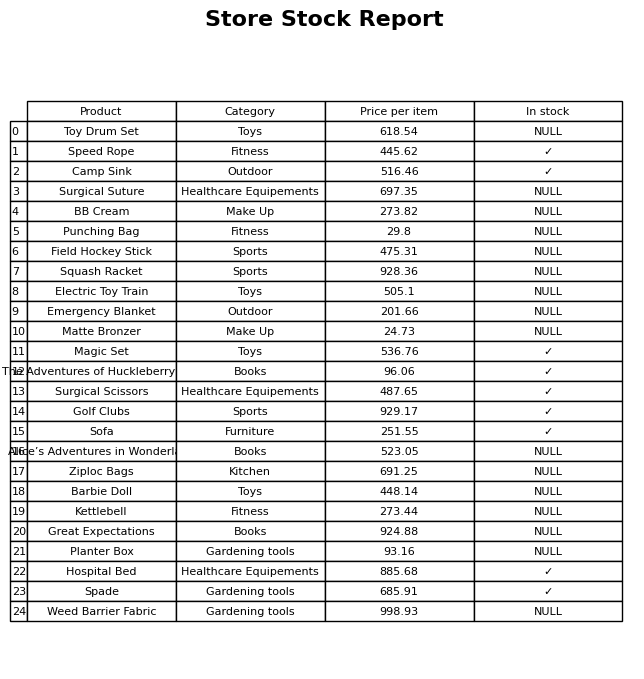
question: What is the price of the Surgical Scissors?
answer: The price of Surgical Scissors is 487.65.